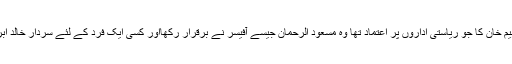
اس پر راقم کو خوشی ہوئی کہ خالد ابراہیم خان کا جو ریاستی اداروں پر اعتماد تھا وہ مسعود الرحمان جیسے آفیسر نے برقرار رکھااور کسی ایک فرد کے لئے سردار خالد ابراہیم خان کے نظریات کی نفی نہیں کی۔